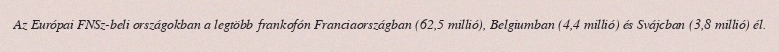
Az Európai FNSz-beli országokban a legtöbb frankofón Franciaországban (62,5 millió), Belgiumban (4,4 millió) és Svájcban (3,8 millió) él.